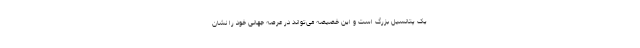
یک پتانسیل بزرگ است و این خصیصه می‌تواند در عرصه جهانی خود را نشان